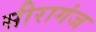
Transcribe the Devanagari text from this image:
सीरागंज